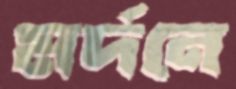
মর্দনে